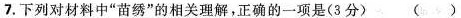
7.下列对材料中“苗绣”的相关理解，正确的一项是(3分)（ ）